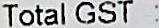
TOTAL GST :